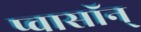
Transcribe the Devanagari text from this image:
प्वासॉन्‌